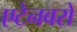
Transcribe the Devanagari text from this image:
एटेनबरो